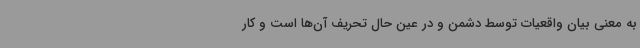
به معنی بیان واقعیات توسط دشمن و در عین حال تحریف آن‌ها است و کار